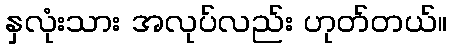
နှလုံးသား အလုပ်လည်း ဟုတ်တယ်။